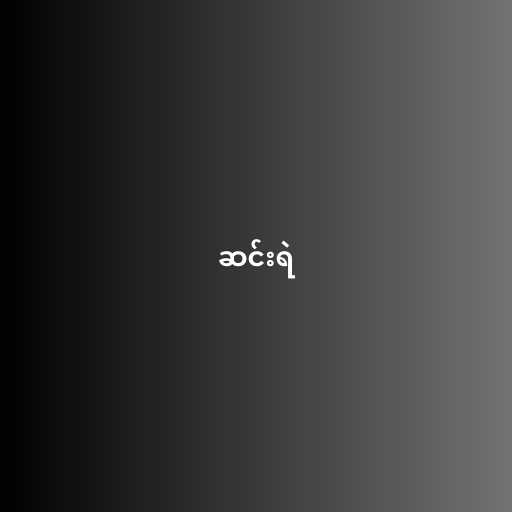
ဆင်းရဲ